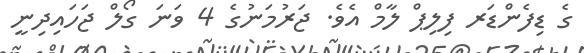
ގެ ޑިފެންޑަރ ފިލިޕް ލާމް އެވެ. ޖަރުމަނުގެ 4 ވަނަ ގޯލް ޖަހައިދިނީ